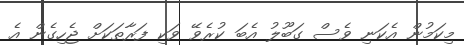
މިކަމުން އެކަނި ވެސް ގަބޫލު އެބަ ކުރެވޭ ވަކި ފަރާތަކަށް ޖެހިގެން އެ